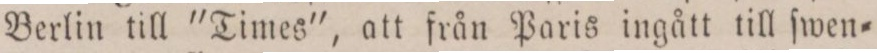
Berlin till "Times", att från Paris ingått till ſwen=